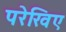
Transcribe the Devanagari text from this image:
परेखिए